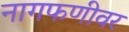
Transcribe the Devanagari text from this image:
नागफणीवर